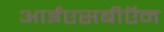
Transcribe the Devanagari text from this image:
आईएसबीऍन